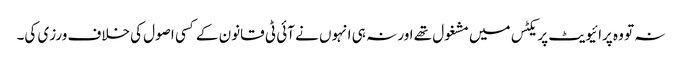
نہ تو وہ پرائیویٹ پریکٹس میں مشغول تھے اور نہ ہی انہوں نے آئی ٹی قانون کے کسی اصول کی خلاف ورزی کی۔